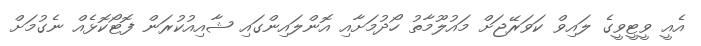
އެއީ ވީޓީވީގެ ލައިވް ކަވަރޭޖަށް މައުލޫމާތު ހޯދުމަށާއި އޮންލައިންގައި ޝާއިއުކުރަން ފޮޓޯކޮޅެއް ނެގުމަށް